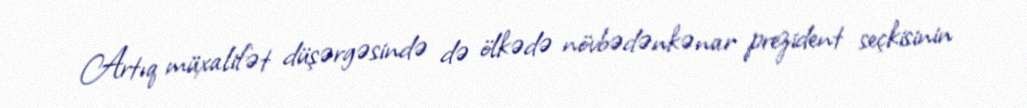
Artıq müxalifət düşərgəsində də ölkədə növbədənkənar prezident seçkisinin